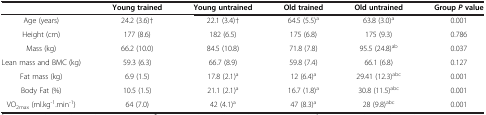
|  | Young trained | Young untrained | Old trained | Old untrained | Group P value |
 | --- | --- | --- | --- | --- | --- |
 | Age (years) | 24.2 (3.6)† | 22.1 (3.4)† | 64.5 (5.5)a | 63.8 (3.0)a | 0.001 |
 | Height (cm) | 177 (8.6) | 182 (6.5) | 175 (6.8) | 175 (9.3) | 0.786 |
 | Mass (kg) | 66.2 (10.0) | 84.5 (10.8) | 71.8 (7.8) | 95.5 (24.8)ab | 0.037 |
 | Lean mass and BMC (kg) | 59.3 (6.3) | 66.7 (8.9) | 59.8 (7.4) | 66.1 (6.8) | 0.127 |
 | Fat mass (kg) | 6.9 (1.5) | 17.8 (2.1)a | 12 (6.4)a | 29.41 (12.3)abc | 0.001 |
 | Body Fat (%) | 10.5 (1.5) | 21.1 (2.1)a | 16.7 (1.8)a | 30.8 (11.5)abc | 0.001 |
 | VO2max (ml.kg-1.min-1) | 64 (7.0) | 42 (4.1)a | 47 (8.3)a | 28 (9.8)abc | 0.001 |